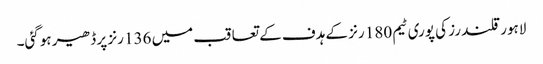
لاہور قلندرز کی پوری ٹیم 180 رنز کے ہدف کے تعاقب میں 136 رنز پر ڈھیر ہوگئی۔